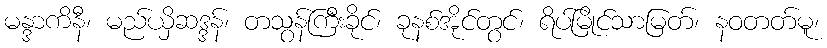
မန္ဒာကိနီ၊ မည်ယှိဆဒ္ဒန်၊ တသွန်ကြီးခိုင်၊ ခုနစ်အိုင်တွင်၊ ရိပ်မြိုင်သာမြတ်၊ နဝတတ်မူ၊